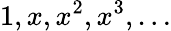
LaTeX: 1,x,x^{2},x^{3},\dots